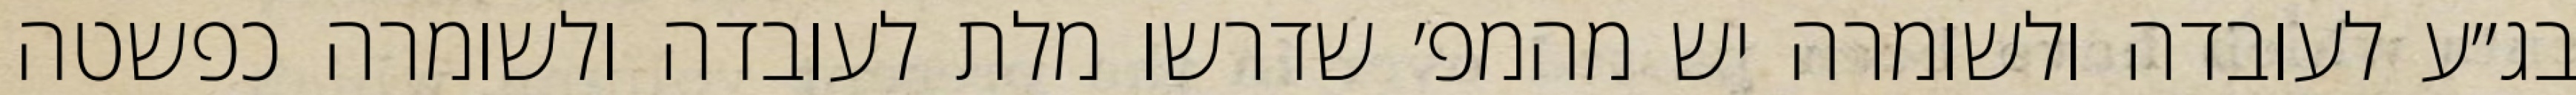
בג״ע לעובדה ולשומרה יש מהמפ׳ שדרשו מלת לעובדה ולשומרה כפשטה